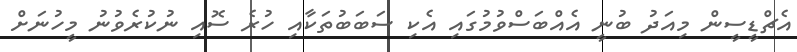
އެޗްޑީސީން މިއަދު ބުނީ އެއްބަސްވުމުގައި އެކި ސަބަބުތަކާއި ހުރެ ސޮއި ނުކުރެވުނު މީހުނަށް